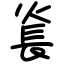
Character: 㷃